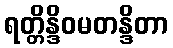
ရတ္တိန္ဒိဝမတန္ဒိတာ